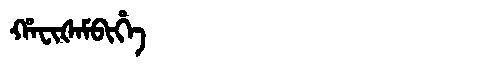
Manchu: ᡥᠠᠸᡳᡧᠠᠮᠪᡳᡥᡝ
Romanization: HAFIŠAMBIHE